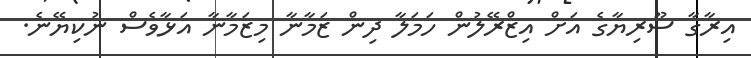
އިރާގާ ސޫރިޔާގެ އަށް އިޒްރޭލުން ހަމަލާ ދިން ޒަމާނާ މިޒަމާނާ އަޅާވެސް ނުކިޔޭނެ.